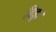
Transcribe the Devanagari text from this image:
बिड्डा